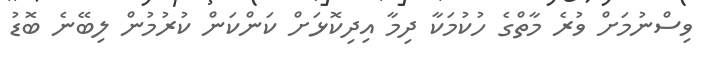
ވިސްނުމަށް ވުރެ މާތްގެ ހުކުމަކާ ދިމާ އިދިކޮޅަށް ކަންކަން ކުރުމުން ލިބޭނެ ބޮޑު